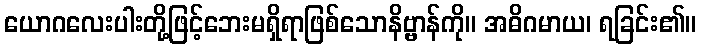
ယောဂလေးပါးတို့ဖြင့်ဘေးမရှိရာဖြစ်သောနိဗ္ဗာန်ကို။ အဓိဂမာယ၊ ရခြင်း၏။